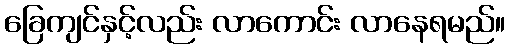
ခြေကျင်နှင့်လည်း လာကောင်း လာနေရမည်။